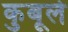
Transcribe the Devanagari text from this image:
कुबूले